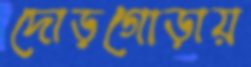
দোড়গোড়ায়